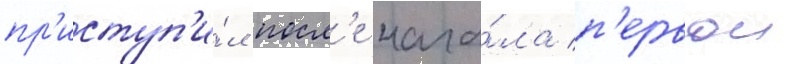
пр'иступ'и́л посл'е нача́ла п'ервои